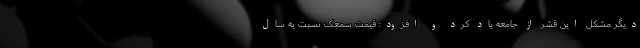
دیگر مشکل این قشر از جامعه یاد کرد و افزود: قیمت سمعک نسبت به سال